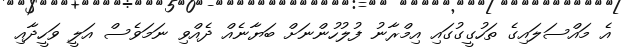
އެ މައްސަލައިގެ ތަހުގީގުގައި އިމްރާނު ފުލުހުންނަށް ބަޔާނެއް ދެއްވި ނަމަވެސް އަލީ ވަހީދާއި